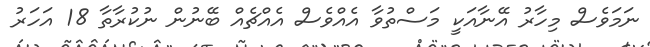
ނަމަވެސް މިހާރު އޭނާއަކީ މަސްތުވާ އެއްވެސް އެއްޗެއް ބޭނުން ނުކުރާތާ 18 އަހަރު